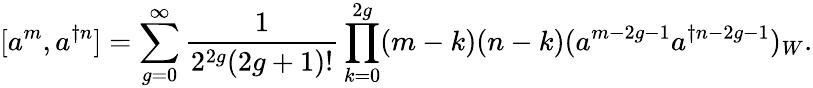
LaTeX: [a^{m},a^{\dagger n}]=\sum_{g=0}^{\infty}\frac{1}{2^{2g}(2g+1)!}\prod_{k=0}^{2g}(m-k)(n-k)(a^{m-2g-1}a^{\dagger n-2g-1})_{W}.